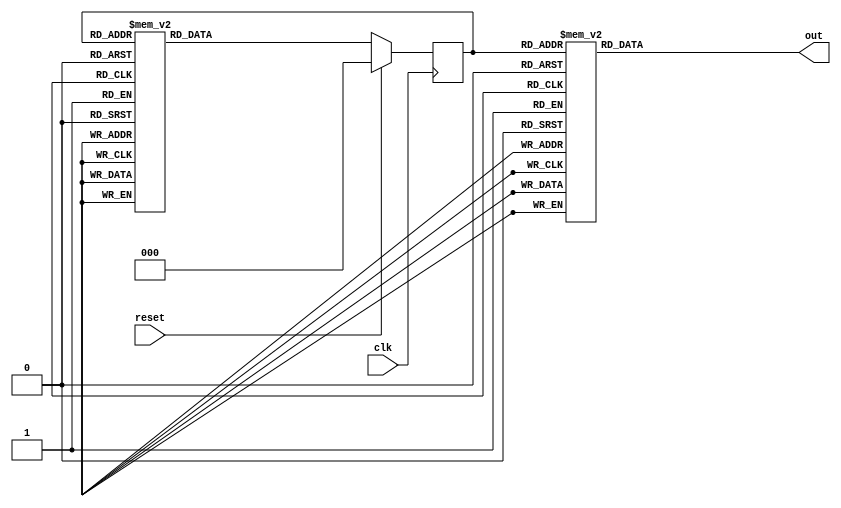
module Fifth(clk,reset,out);
	input clk,reset;
	output [2:0] out;
	reg [2:0] out,state;
	parameter S0 = 0,S1 = 1,S2 = 2,S3 = 3,S4 = 4,S5 = 5,S6 = 6,S7 = 7;
		always @ (state) begin
			case(state)
				S0: out = 3'd0;
				S1: out = 3'd1;
				S2: out = 3'd2;
				S3: out = 3'd3;
				S4: out = 3'd4;
				S5: out = 3'd5;
				S6: out = 3'd6;
				S7: out = 3'd7;
				default: out = 4'd0;
			endcase
		end
		//change to the next state
		always @ (posedge clk ) begin
			if(reset)
				state <= S0;
			else
				case(state)
					S0: state <= S1;
					S1: state <= S2;
					S2: state <= S3;
					S3: state <= S4;
					S4: state <= S5;
					S5: state <= S6;
					S6: state <= S7;
					S7: state <= S0;
					default: state <= S0;
				endcase
		end
endmodule